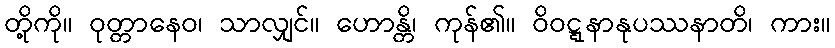
တို့ကို။ ဝုတ္တာနေဝ၊ သာလျှင်။ ဟောန္တိ၊ ကုန်၏။ ဝိဝဋ္ဋနာနုပဿနာတိ၊ ကား။